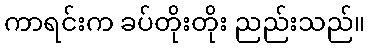
ကာရင်းက ခပ်တိုးတိုး ညည်းသည်။